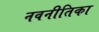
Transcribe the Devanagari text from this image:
नवनीतिका